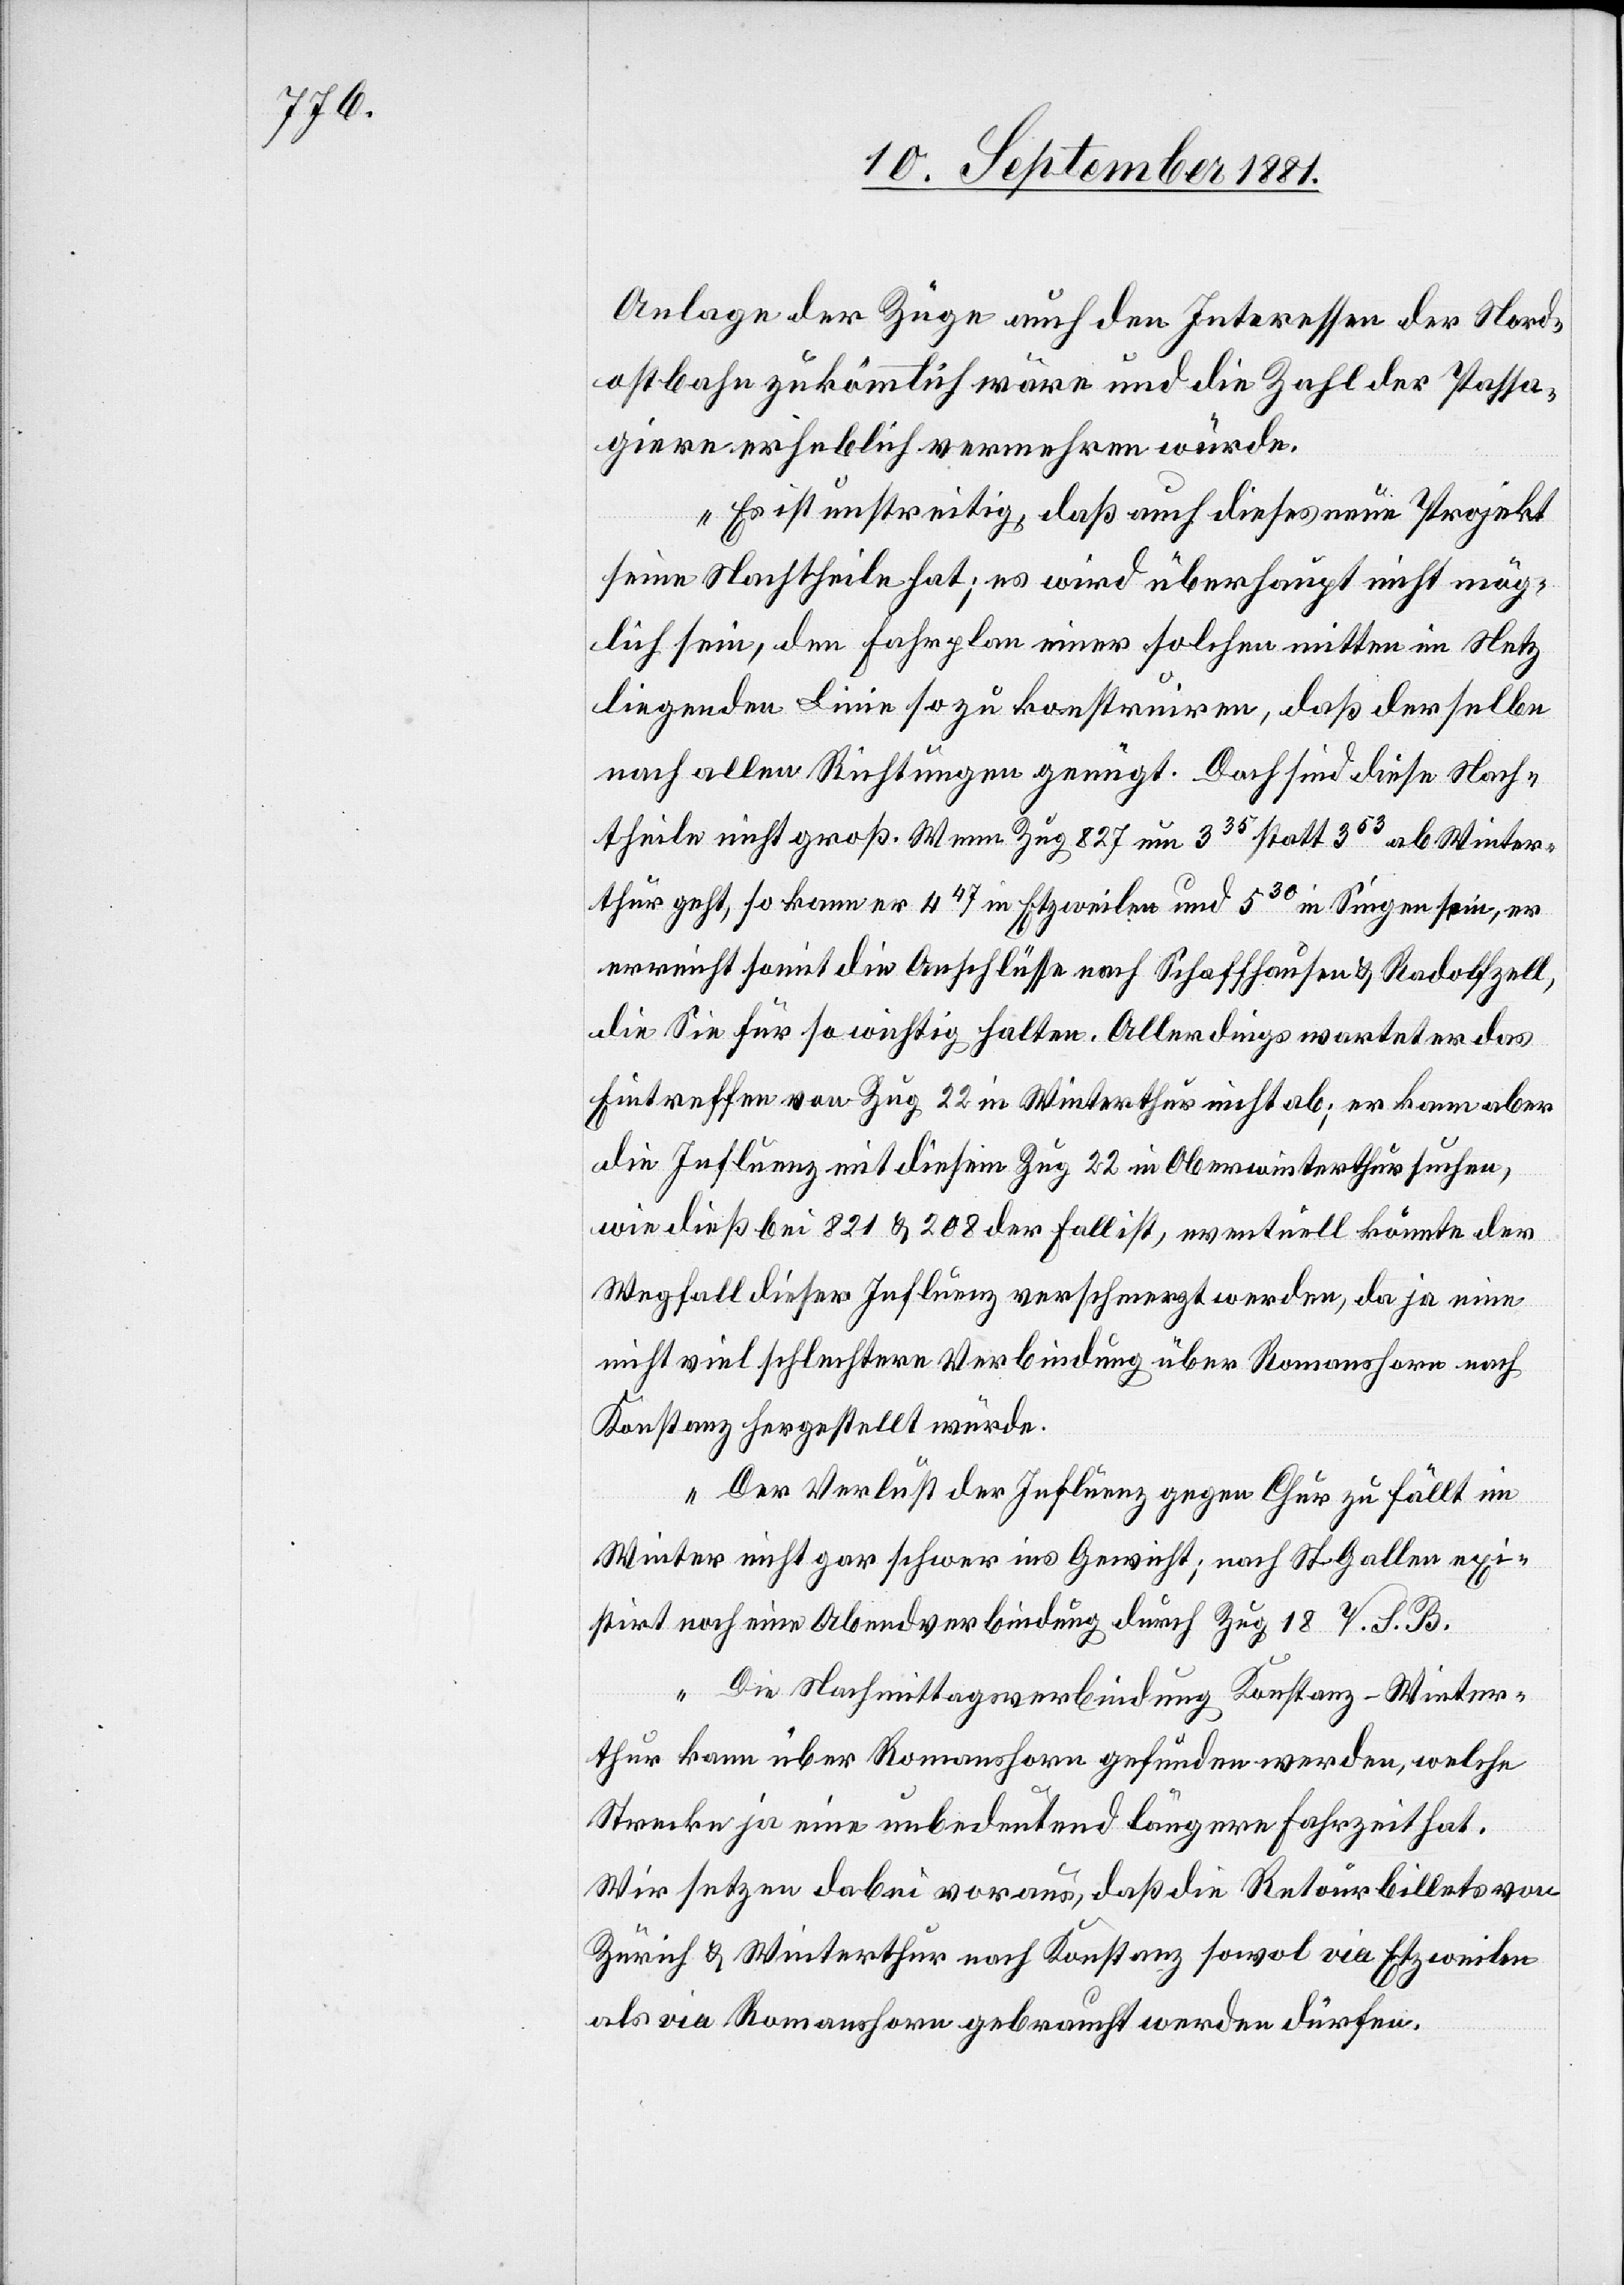
Anlage der Züge auch den Interessen der Nord¬
ostbahn zukömmlich wäre und [sich] die Zahl der Passa¬
giere erheblich vermehren würde.
Es ist unstreitig, daß auch dieses neue Projekt
seine Nachtheile hat; es wird überhaupt nicht mög¬
lich sein, den Fahrplan einer solchen mitten im Netz
liegenden Linie so zu kostruiren, daß derselbe
nach allen Richtungen genügt. Doch sind diese Nach¬
theile nicht groß. Wenn Zug 827 um 335 statt 353 ab Winter¬
thur geht, so kann er 447 in Etzweilen und 530 in Singen sein, er
erreicht somit die Anschlüsse nach Schaffhausen & Radolfzell,
die Sie für so wichtig halten. Allerdings wartet er das
Eintreffen von Zug 22 in Winterthur nicht ab; er kann aber
die Influenz mit diesem Zug 22 in Oberwinterthur suchen,
wie dieß bei 821 & 208 der Fall ist, eventuell könnte der
Wegfall dieser Influenz verschmerzt werden, da ja eine
nicht viel schlechtere Verbindung über Romanshorn nach
Konstanz hergestellt würde.
Der Verlust der Influenz gegen Chur zu fällt im
Winter nicht gar schwer ins Gericht; nach St. Gallen exi¬
stirt noch eine Abendverbindung durch Zug 18 T. J. B.
Die Nachmittagsverbindung Konstanz–Winter¬
thur kann über Romanshorn gefunden werden, welche
Strecke ja eine unbedeutend längere Fahrzeit hat.
Wir setzen dabei voraus, daß die Retourbillets von
Zürich & Winterthur nach Konstanz sowol via Etzweilen
als via Romanshorn gebraucht werden dürfen.